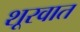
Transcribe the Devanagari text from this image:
शूरवात